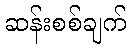
ဆန်းစစ်ချက်